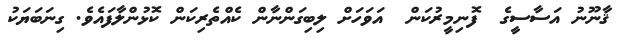
ޤާނޫނު އަސާސީގެ  ފޮނިމީރުކަން  އަވަހަށް ލިބިގަންނާން ކެއްތެރިކަން ކޮޅުންލާފައެވެ. ގިނަބަޔަކު